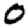
Digit: 0